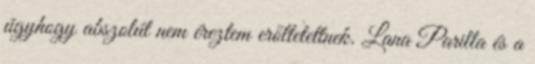
úgyhogy abszolút nem éreztem erőltetettnek. Lana Parilla és a